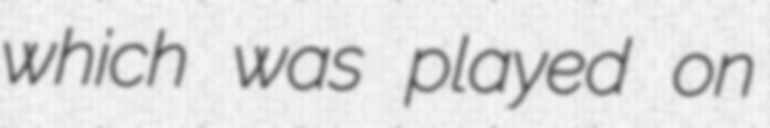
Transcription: which was played on